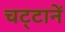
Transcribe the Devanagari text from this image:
चट्‍टानें